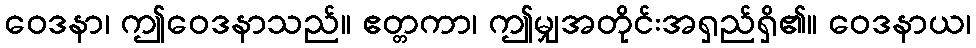
ဝေဒနာ၊ ဤဝေဒနာသည်။ ဧတ္တကာ၊ ဤမျှအတိုင်းအရှည်ရှိ၏။ ဝေဒနာယ၊